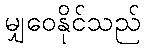
မျှဝေနိုင်သည်